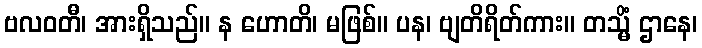
ဗလဝတီ၊ အားရှိသည်။ န ဟောတိ၊ မဖြစ်။ ပန၊ ဗျတိရိတ်ကား။ တသ္မိံ ဌာနေ၊